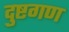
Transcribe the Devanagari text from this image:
दुष्टगण